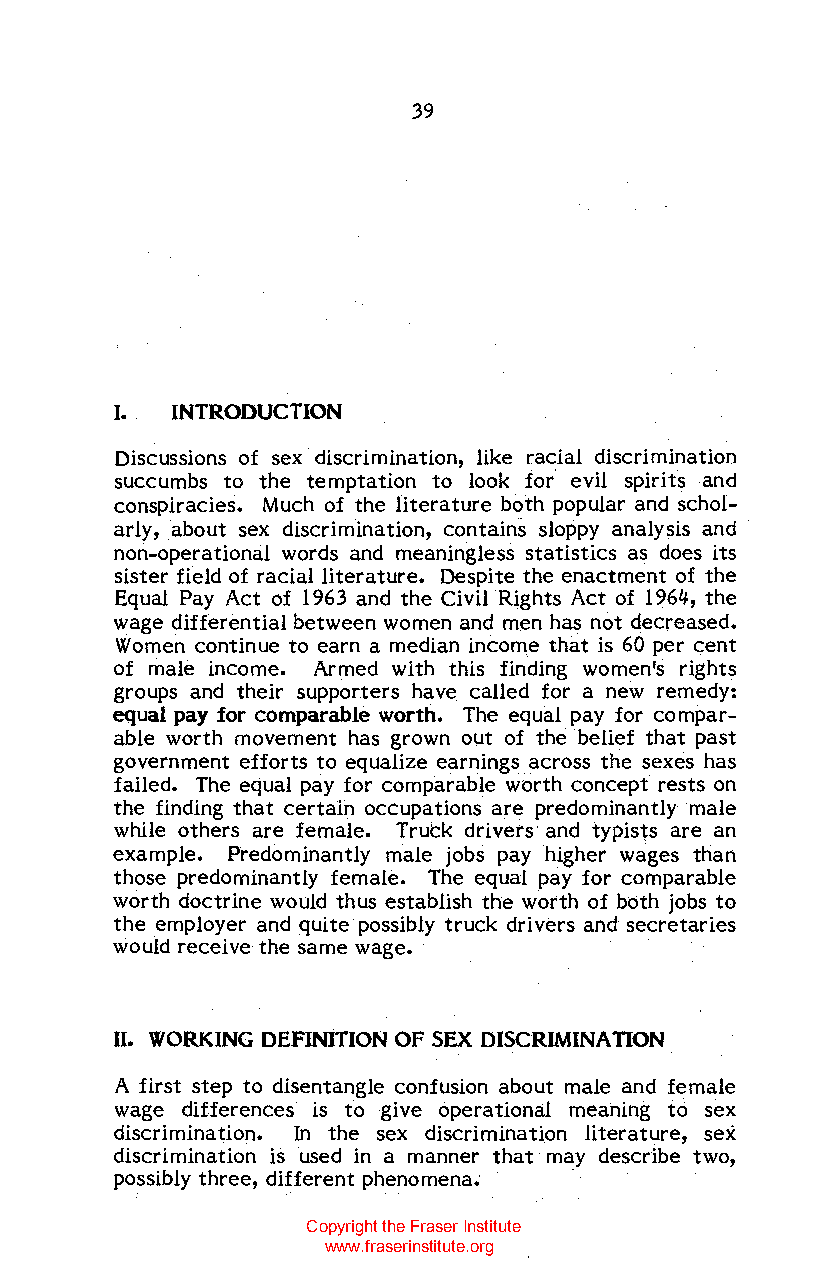
39
 I. INTRODUCTION
 Discussions of sex discrimination, like racial discrimination
 succumbs to the temptation to look for evil spirits and
 conspiracies. Much of the literature both popular and schol
 arly, about sex discrimination, contains sloppy analysis and
 non-operational words and meaningless statistics as does its
 sister field of racial literature. Despite the enactment of the
 Equal Pay Act of 1963 and the Civil Rights Act of 1964, the
 wage differential between women and men has not decreased.
 Women continue to earn a median income that is 60 per cent
 of male income. Armed with this finding women's rights
 groups and their supporters have called for a new remedy:
 equal pay for comparable worth. The equal pay for compar
 able worth movement has grown out of the belief that past
 government efforts to equalize earnings across the sexes has
 failed. The equal pay for comparable worth concept rests on
 the finding that certain occupations are predominantly male
 while others are female. Trutk drivers and typists are an
 example. Predominantly male jobs pay higher wages than
 those predominantly female. The equal pay for comparable
 worth doctrine would thus establish the worth of both jobs to
 the employer and quite possibly truck drivers and secretaries
 would receive the same wage.
 II. WORKING DEFINITION OF SEX DISCRIMINATION
 A first step to disentangle confusion about male and female
 wage differences is to give operational meahing to sex
 discrimination. In the sex discrimination literature, sex
 discrimination is used in a manner that may describe two,
 possibly three, different phenomena.
 Copyright the Fraser Institute
 www.fraserinstitute.org